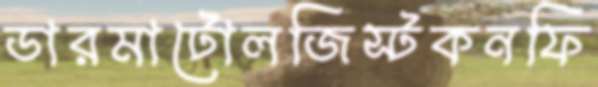
ডারমাটোলজিস্টকনফি